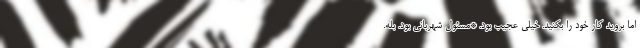
اما بروید کار خود را بکنید. خیلی عجیب بود. *مسئول شهربانی بود. بله.